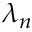
\lambda _ { n }